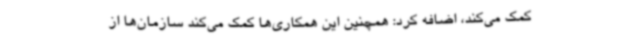
کمک می‌کند، اضافه کرد: همچنین این همکاری‌ها کمک می‌کند سازمان‌ها از